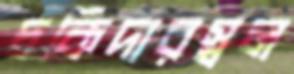
চকিদারস্বল